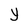
Character: y